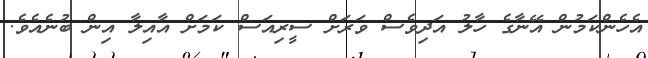
އެހެންކަމުން އޭނާގެ ހާލު އަދިވެސް ވަރަށް ސީރިއަސް ކަމަށް އާއިލާ އިން ބުނެއެވެ.